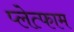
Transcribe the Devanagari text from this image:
प्लेत्फाम